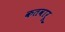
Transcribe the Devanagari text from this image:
कतवारू